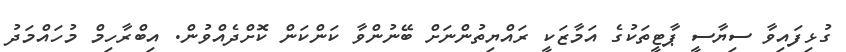
ގުޅިފައިވާ ސިޔާސީ ޕާޓީތަކުގެ އަމާޒަކީ ރައްޔިތުންނަށް ބޭނުންވާ ކަންކަން ކޮށްދެއްވުން. އިބްރާހިމް މުހައްމަދު